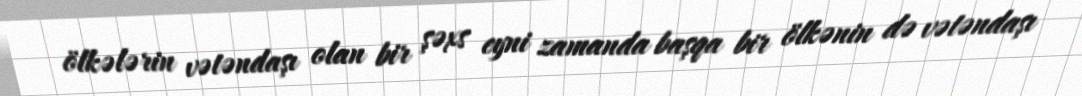
ölkələrin vətəndaşı olan bir şəxs eyni zamanda başqa bir ölkənin də vətəndaşı